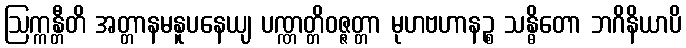
ဩက္ကန္တီတိ အတ္တာနမနူပနေယျ ပဏ္ဏတ္တိဝဇ္ဇတ္တာ မုဟဗဟာနဉ္စ သန္ဓိတော ဘဂိနိယာပိ